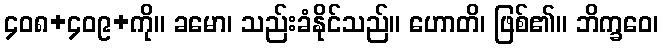
၄၀၈+၄၀၉+ကို။ ခမော၊ သည်းခံနိုင်သည်။ ဟောတိ၊ ဖြစ်၏။ ဘိက္ခဝေ၊